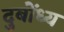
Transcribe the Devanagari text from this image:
दुबोंध्य